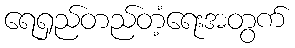
ရေရှည်တည်တံ့ရေးအတွက်